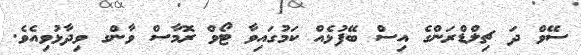
ސޭވް ދަ ޗިލްޑްރަންގެ އިސް ބޭފުޅެއް ކަމުގައިވާ ޓޯވް ރޮމާސް ވާންގ ވިދާޅުވިއެވެ.